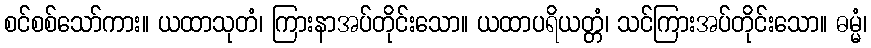
စင်စစ်သော်ကား။ ယထာသုတံ၊ ကြားနာအပ်တိုင်းသော။ ယထာပရိယတ္တံ၊ သင်ကြားအပ်တိုင်းသော။ ဓမ္မံ၊